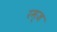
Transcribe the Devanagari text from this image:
रम्ज